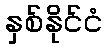
နှစ်နိုင်ငံ